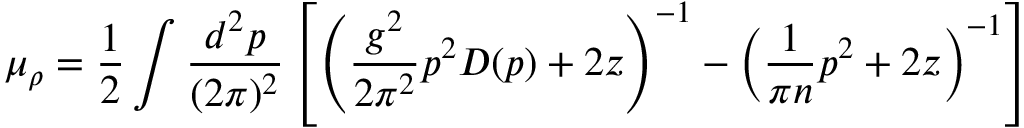
\mu _ { \rho } = \frac { 1 } { 2 } \int \frac { d ^ { 2 } p } { ( 2 \pi ) ^ { 2 } } \left[ \left( \frac { g ^ { 2 } } { 2 \pi ^ { 2 } } p ^ { 2 } D ( p ) + 2 z \right) ^ { - 1 } - \left( \frac { 1 } { \pi n } p ^ { 2 } + 2 z \right) ^ { - 1 } \right]